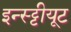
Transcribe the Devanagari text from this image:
इन्स्ट्टीयूट